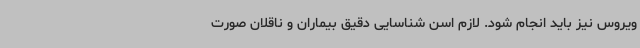
ویروس نیز باید انجام شود. لازم اسن شناسایی دقیق بیماران و ناقلان صورت